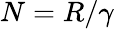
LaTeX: N=R/\gamma